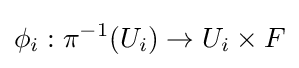
\phi _{i}:\pi ^{-1}(U_{i})\to U_{i}\times F